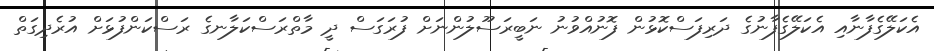
އެކަލޭގެފާނާއި އެކަލޭގެފާނުގެ ދަރިފަސްކޮޅުން ފޮނުއްވުނު ނަބީރަސޫލުންނަށް ފުރަގަސް ދީ މާތްރަސްކަލާނގެ ރަސްކަންފުޅަށް އުރެދިގަތް